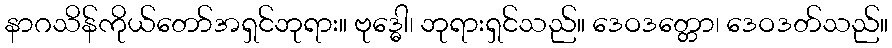
နာဂသိန်ကိုယ်တော်အရှင်ဘုရား။ ဗုဒ္ဓေါ၊ ဘုရားရှင်သည်။ ဒေဝဒတ္တော၊ ဒေဝဒတ်သည်။